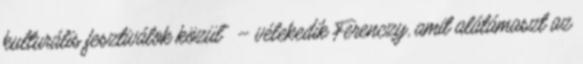
kulturális fesztiválok közül” – vélekedik Ferenczy, amit alátámaszt az